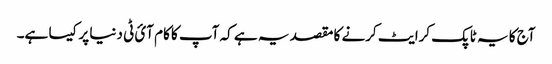
آج کا یہ ٹاپک کرایٹ کرنے کا مقصد یہ ہے کہ آپ کا کام آئ ٹی دنیا پر کیسا ہے۔